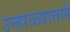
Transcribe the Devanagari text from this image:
उन्हाळ्यातले